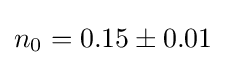
n_{0}=0.15\pm 0.01